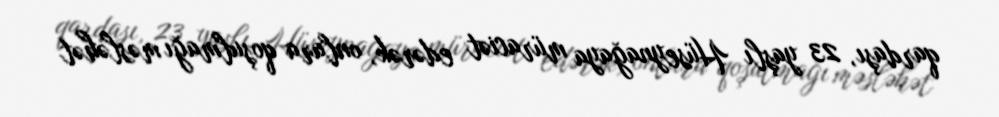
qardaşı, 23 yaşlı Hüseynağaya müraciət edərək, onlara qoşulmağı məsləhət